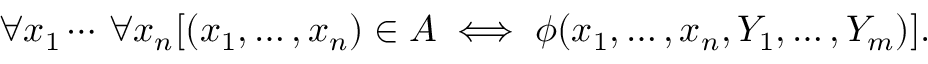
\forall x _ { 1 } \cdots \, \forall x _ { n } [ ( x _ { 1 } , \dots , x _ { n } ) \in A \iff \phi ( x _ { 1 } , \dots , x _ { n } , Y _ { 1 } , \dots , Y _ { m } ) ] .